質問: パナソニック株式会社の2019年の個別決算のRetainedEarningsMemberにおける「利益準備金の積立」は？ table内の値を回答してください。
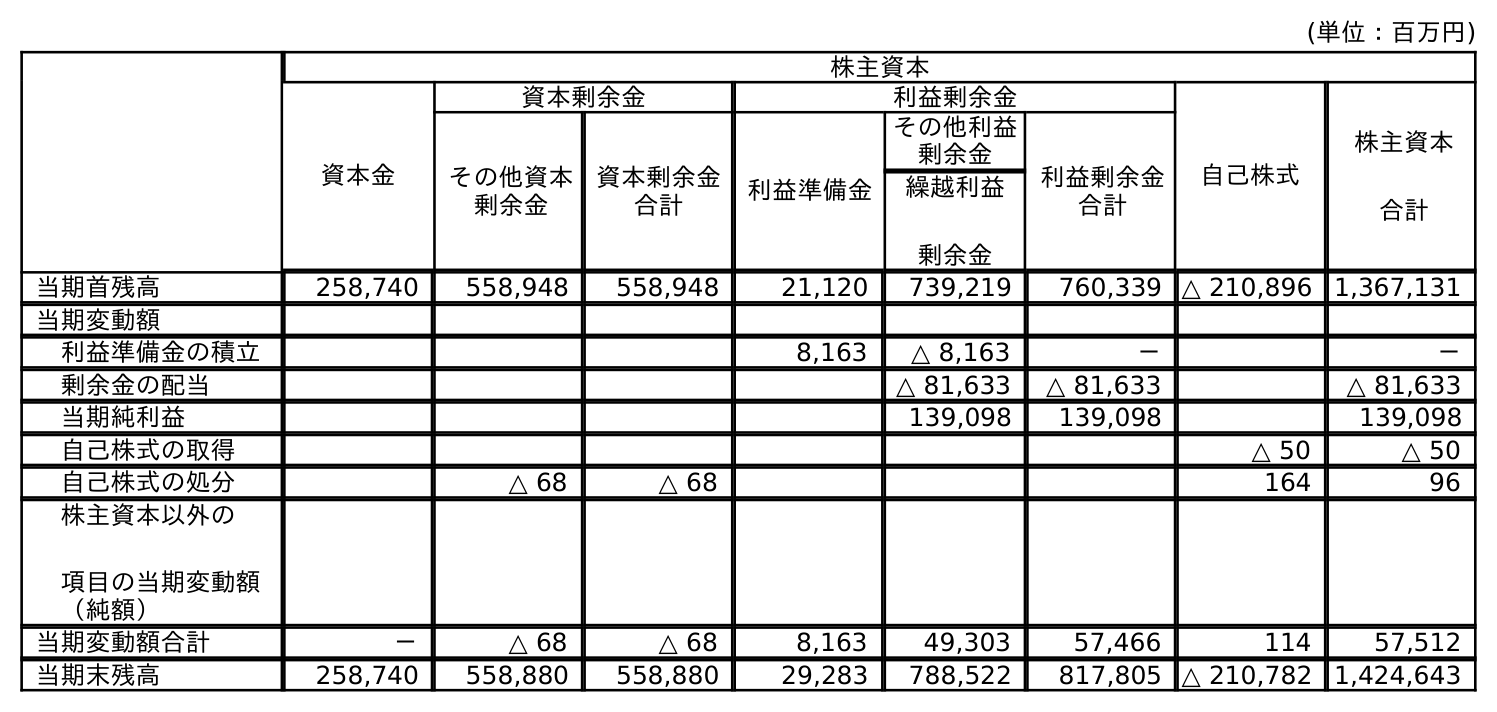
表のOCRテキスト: (単位：百万円) 株主資本 資本金 資本剰余金 利益剰余金 自己株式 株主資本 合計 その他資本 剰余金 資本剰余金 合計 利益準備金 その他利益 剰余金 利益剰余金 合計 繰越利益 剰余金 当期首残高 258,740 558,948 558,948 21,120 739,219 760,339 △ 210,896 1,367,131 当期変動額 利益準備金の積立 8,163 △ 8,163 － － 剰余金の配当 △ 81,633 △ 81,633 △ 81,633 当期純利益 139,098 139,098 139,098 自己株式の取得 △ 50 △ 50 自己株式の処分 △ 68 △ 68 164 96 株主資本以外の 項目の当期変動額 （純額） 当期変動額合計 － △ 68 △ 68 8,163 49,303 57,466 114 57,512 当期末残高 258,740 558,880 558,880 29,283 788,522 817,805 △ 210,782 1,424,643
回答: －